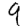
Digit: 9